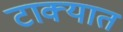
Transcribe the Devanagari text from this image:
टाक्‍यात